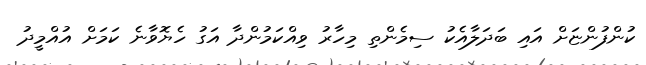
ކުންފުންޏަށް އައި ބަދަލާއެކު ސިމެންތި މިހާރު ވިއްކަމުންދާ އަގު ހެޔޮވާނެ ކަމަށް އުއްމީދު